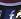
f